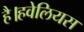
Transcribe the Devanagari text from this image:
है।हवेलियस